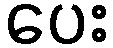
ပေး